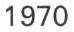
1970